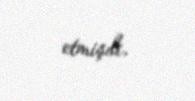
etmişdi.